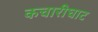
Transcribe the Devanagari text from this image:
कचारीघाट